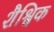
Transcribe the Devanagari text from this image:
शैश्विक